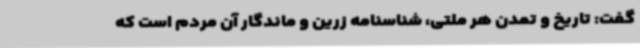
گفت: تاریخ و تمدن هر ملتی، شناسنامه زرین و ماندگار آن مردم است که